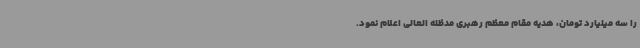
را سه میلیارد تومان، هدیه مقام معظم رهبری مدظله العالی اعلام نمود.